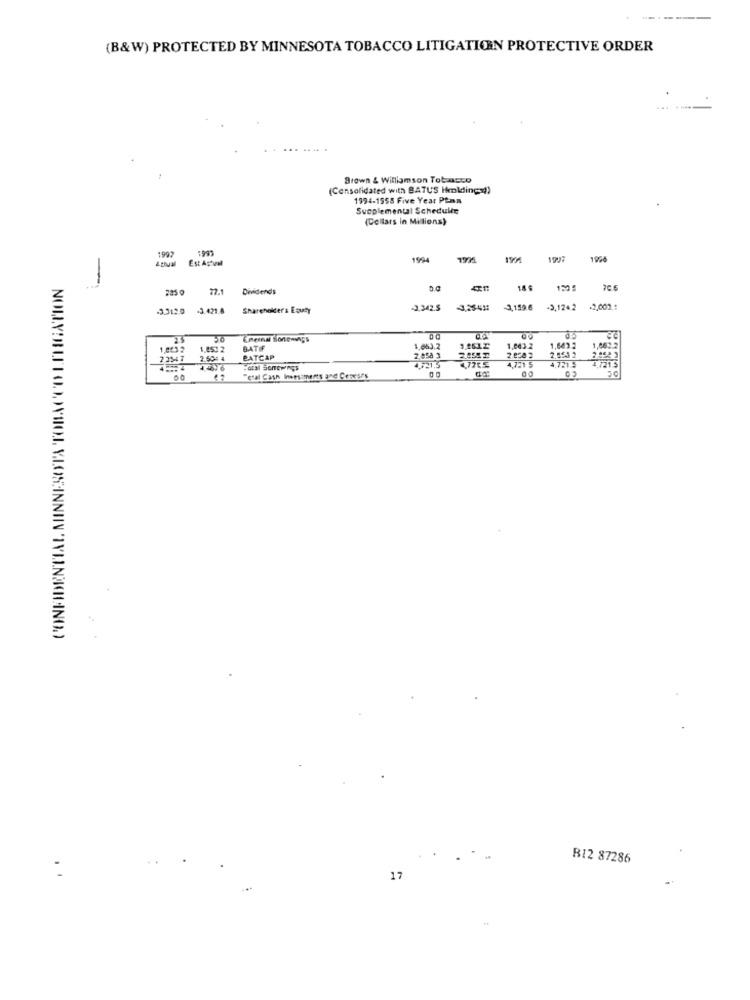
--
(B&W) PROTECTED BY MINNESOTA TOBACCO LITIGATION PROTECTIVE ORDER
Brown & Williamson Tobacco
(Consolidated with BATUS Holdings))
1994-1558 Five Year Ptan
Supplemental Schedule
(Cellars in Millions)
1992
Est Actual
1994
1964
2850 77.1 Dividends
18 $
3,312 0 -3.421.8 Shareholder's Equity
-3,342.5
3.2541
-3,159.6
+3,124.2
NOLLY
Chemnal Sonewings
1,642.2
1,0532
1.453 2
BATIF
1,663.2
1.043.2
1,663.2
2.3347
2.50= 4
BATCAP
2.858 3
477CS
4,721 5
2.453 2.
4,721.5
4.721,5
"etal Cash Investments and Ceneses
B12 87286
17